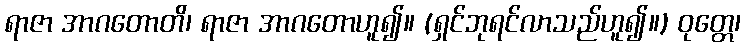
ရာဇာ အာဂတောတိ၊ ရာဇာ အာဂတောဟူ၍။ (ရှင်ဘုရင်လာသည်ဟူ၍။) ဝုတ္တေ၊